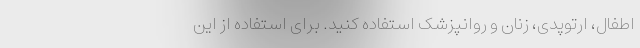
اطفال، ارتوپدی، زنان و روانپزشک استفاده کنید. برای استفاده از این